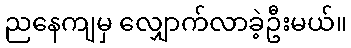
ညနေကျမှ လျှောက်လာခဲ့ဦးမယ်။